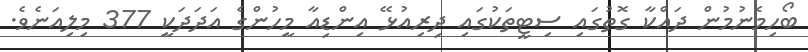
ބޯހިމެނުމުން ދައްކާ ގޮތުގައި ސިޓީތަކުގައި ދިރިއުޅޭ އިންޑިއާ މީހުންގެ އަދަދަކީ 377 މިލިއަނެވެ.